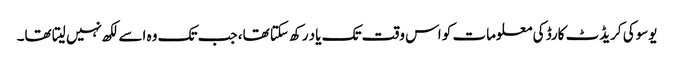
یوسوکی کریڈٹ کارڈ کی معلومات کو اس وقت تک یاد رکھ سکتا تھا، جب تک وہ اسے لکھ نہیں لیتا تھا۔